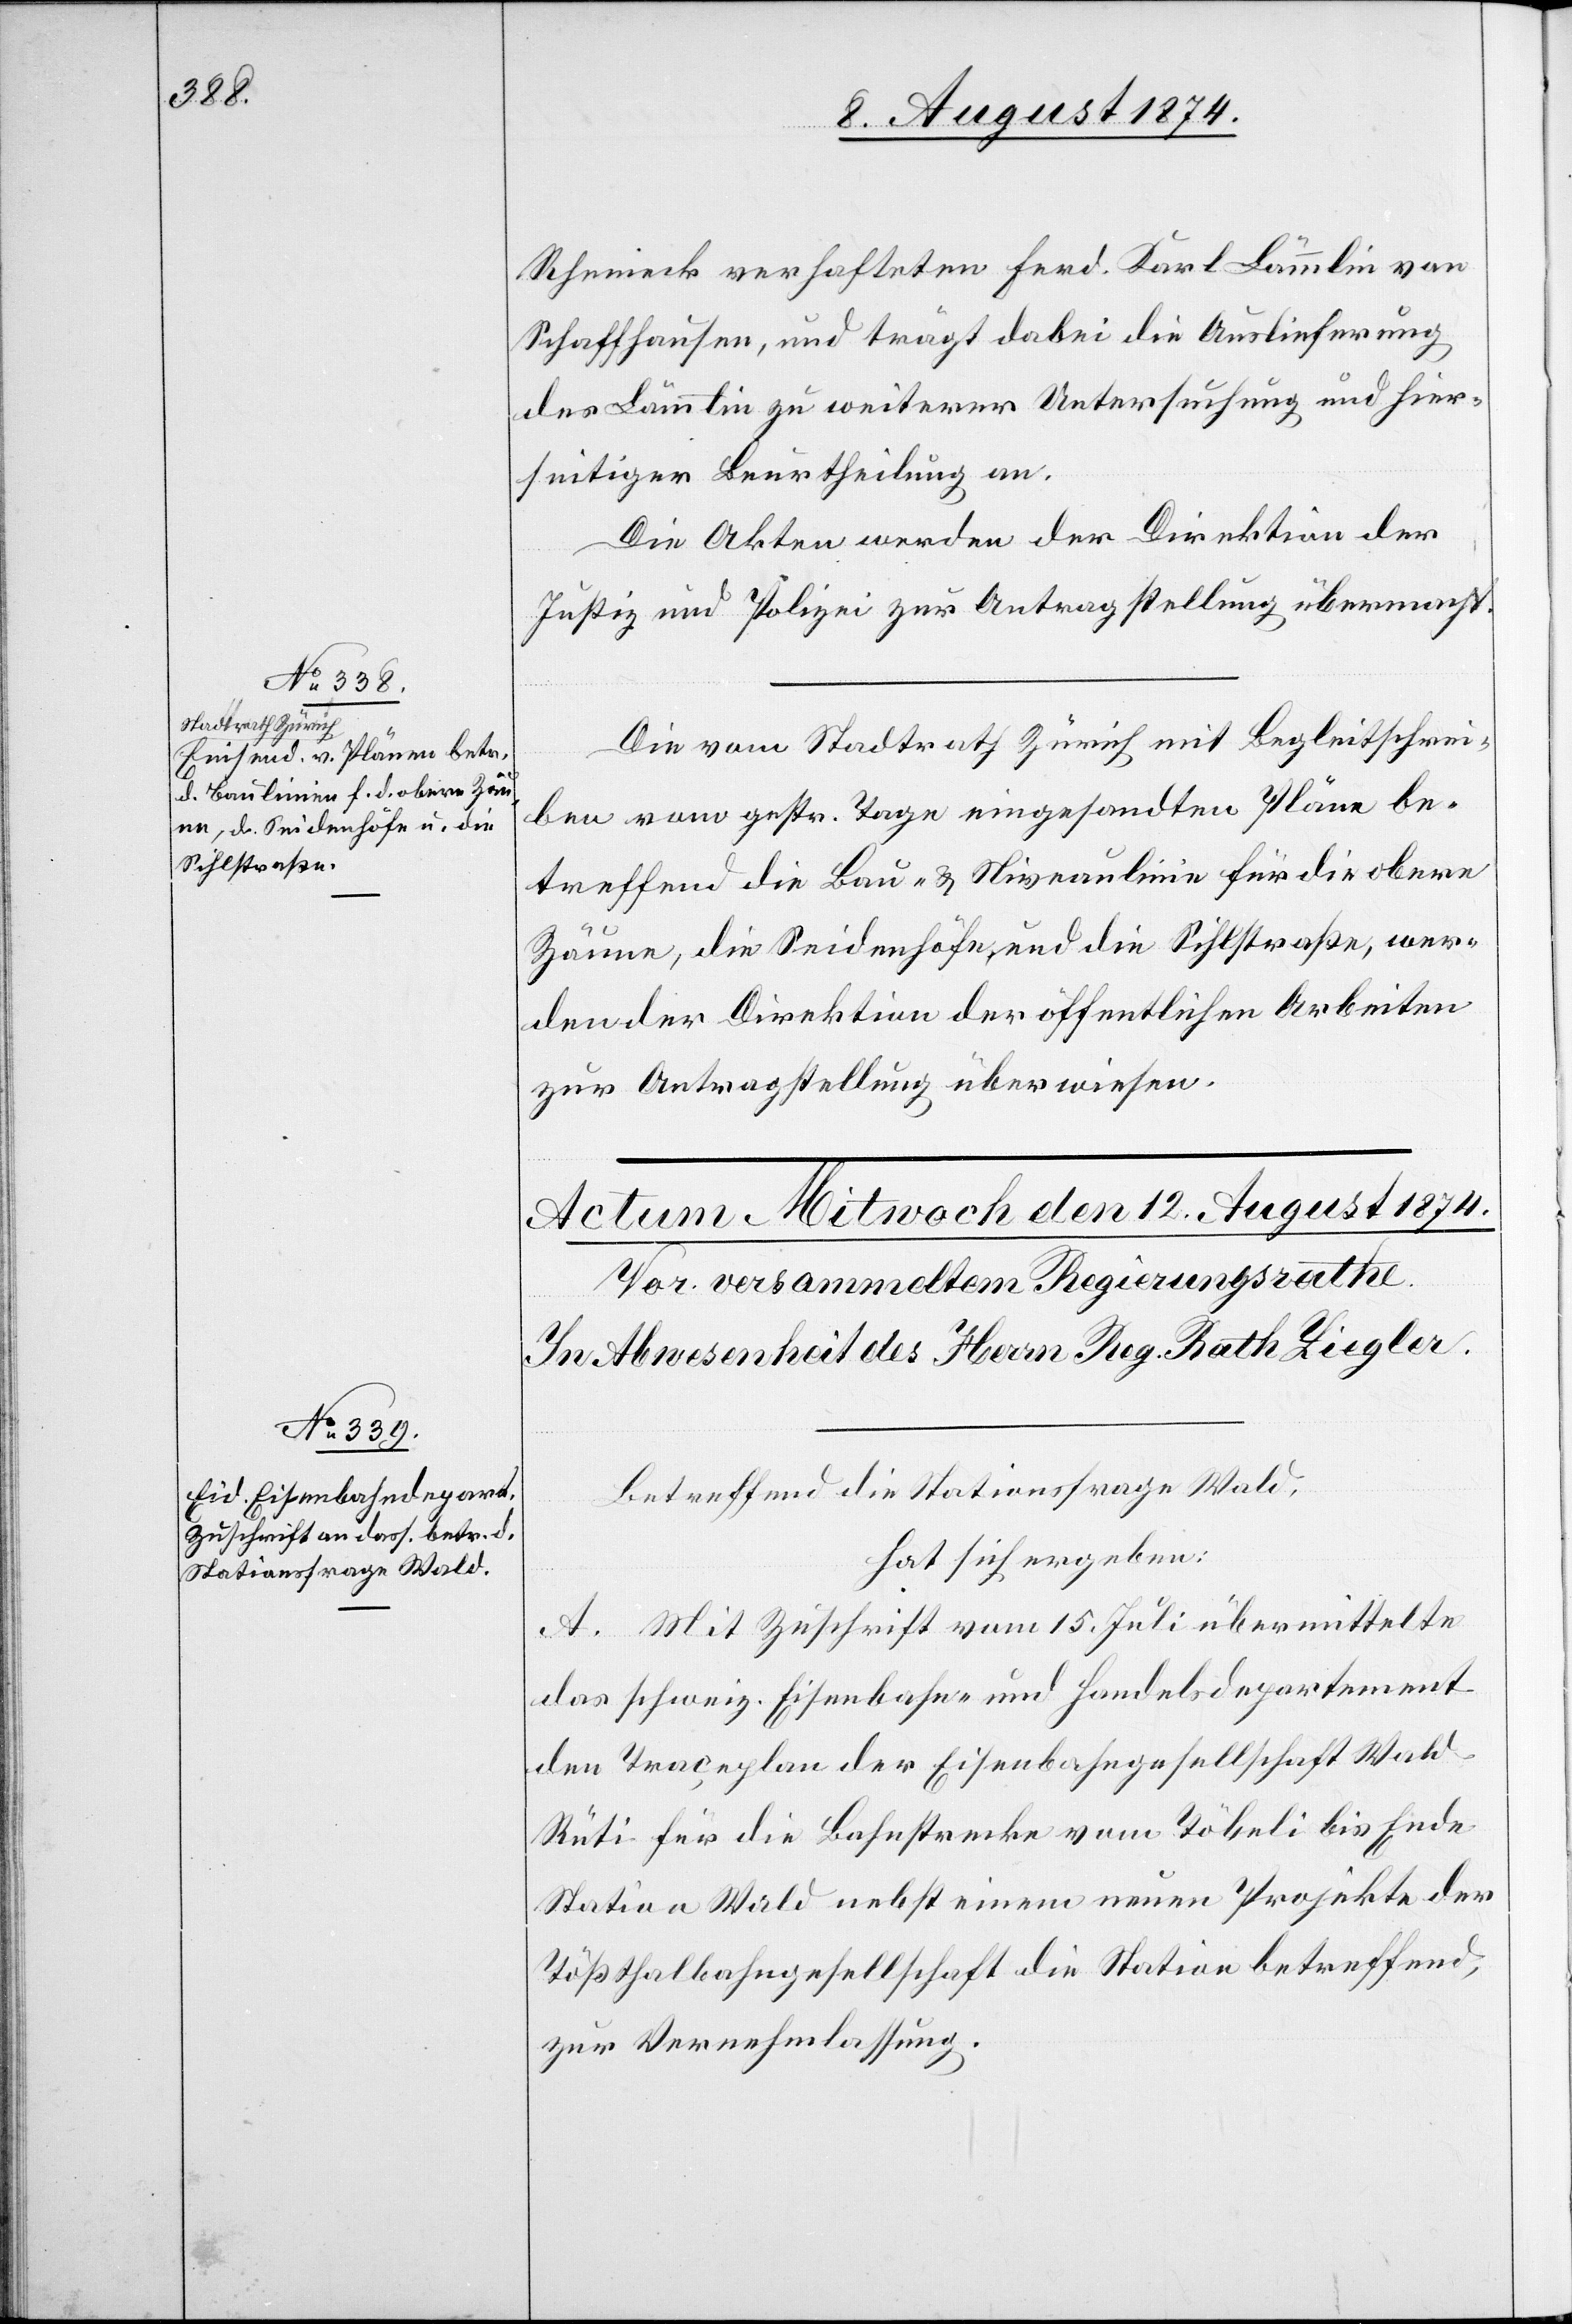
11. August 1874.]
Rheineck verhafteten Ferd. Karl Lämmlin von
Schaffhausen, und trägt dabei die Auslieferung
des Lämmlin zu weiterer Untersuchung und hier¬
seitiger Beurtheilung an.
Die Akten werden der Direktion der
Justiz und Polizei zur Antragstellung übermacht.
Die vom Stadtrath Zürich mit Begleitschrei¬
ben vom gestr. Tage eingesandten Pläne be¬
treffend die Bau- u. Niveaulinie für die obere
Zäune, die Seidenhöfe und die Sihlstraße, wer¬
den der Direktion der öffentlichen Arbeiten
zur Antragstellung überwiesen.
Betreffend die Stationsfrage Wald,
hat sich ergeben:
A. Mit Zuschrift vom 15. Juli übermittelte
das schweiz. Eisenbahn- und Handelsdepartement
den Traceplan der Eisenbahngesellschaft Wal¬
d–Rüti für die Bahnstrecke von Töbeli bis Ende
Station Wald nebst einem neuen Projekte der
Tößthalbahngesellschaft die Station betreffend,
zur Vernehmlassung.